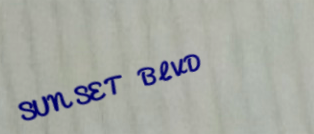
SUNSET BLVD